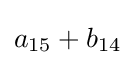
a_{15}+b_{14}